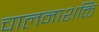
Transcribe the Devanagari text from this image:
चालनाशक्ति